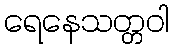
ရေနေသတ္တဝါ